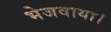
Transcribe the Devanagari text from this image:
भेजवाया।